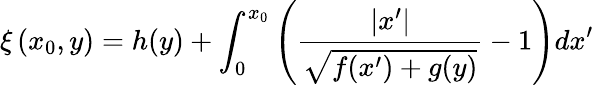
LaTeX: \xi\left(x_{0},y\right)=h(y)+\int_{0}^{x_{0}}\left(\frac{\left|x^{\prime}\right|}{\sqrt{f(x^{\prime})+g(y)}}-1\right)dx^{\prime}